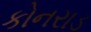
કોનરાડ